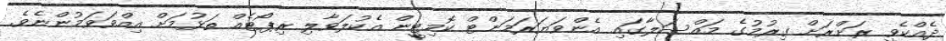
ދެއްކެވީ ރަށްރަށް ގިރުމުގެ މައްސަލާގައި އެންވަޔަރަމަންޓް ކޮމިޓީން އެކުލަވާލި ރިޕޯޓެއް ތަޅުމަށް އިއްވަވަމުންނެވެ.